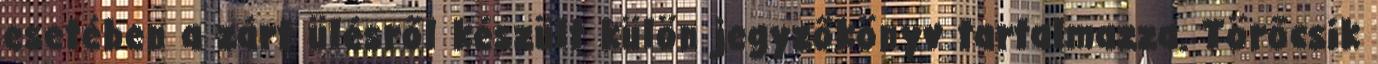
esetében a zárt ülésről készült külön jegyzőkönyv tartalmazza. Törőcsik